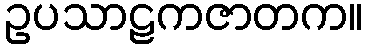
ဥပသာဠကဇာတက။